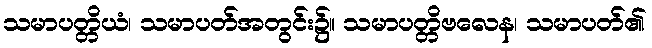
သမာပတ္တိယံ၊ သမာပတ်အတွင်း၌။ သမာပတ္တိဗလေန၊ သမာပတ်၏